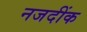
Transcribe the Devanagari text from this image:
नजदींक